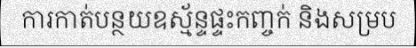
ការកាត់បន្ថយឧស្ម័ន្ទផ្ទះកញ្ចក់ និងសម្រប